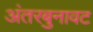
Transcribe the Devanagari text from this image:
अंतरबुनावट